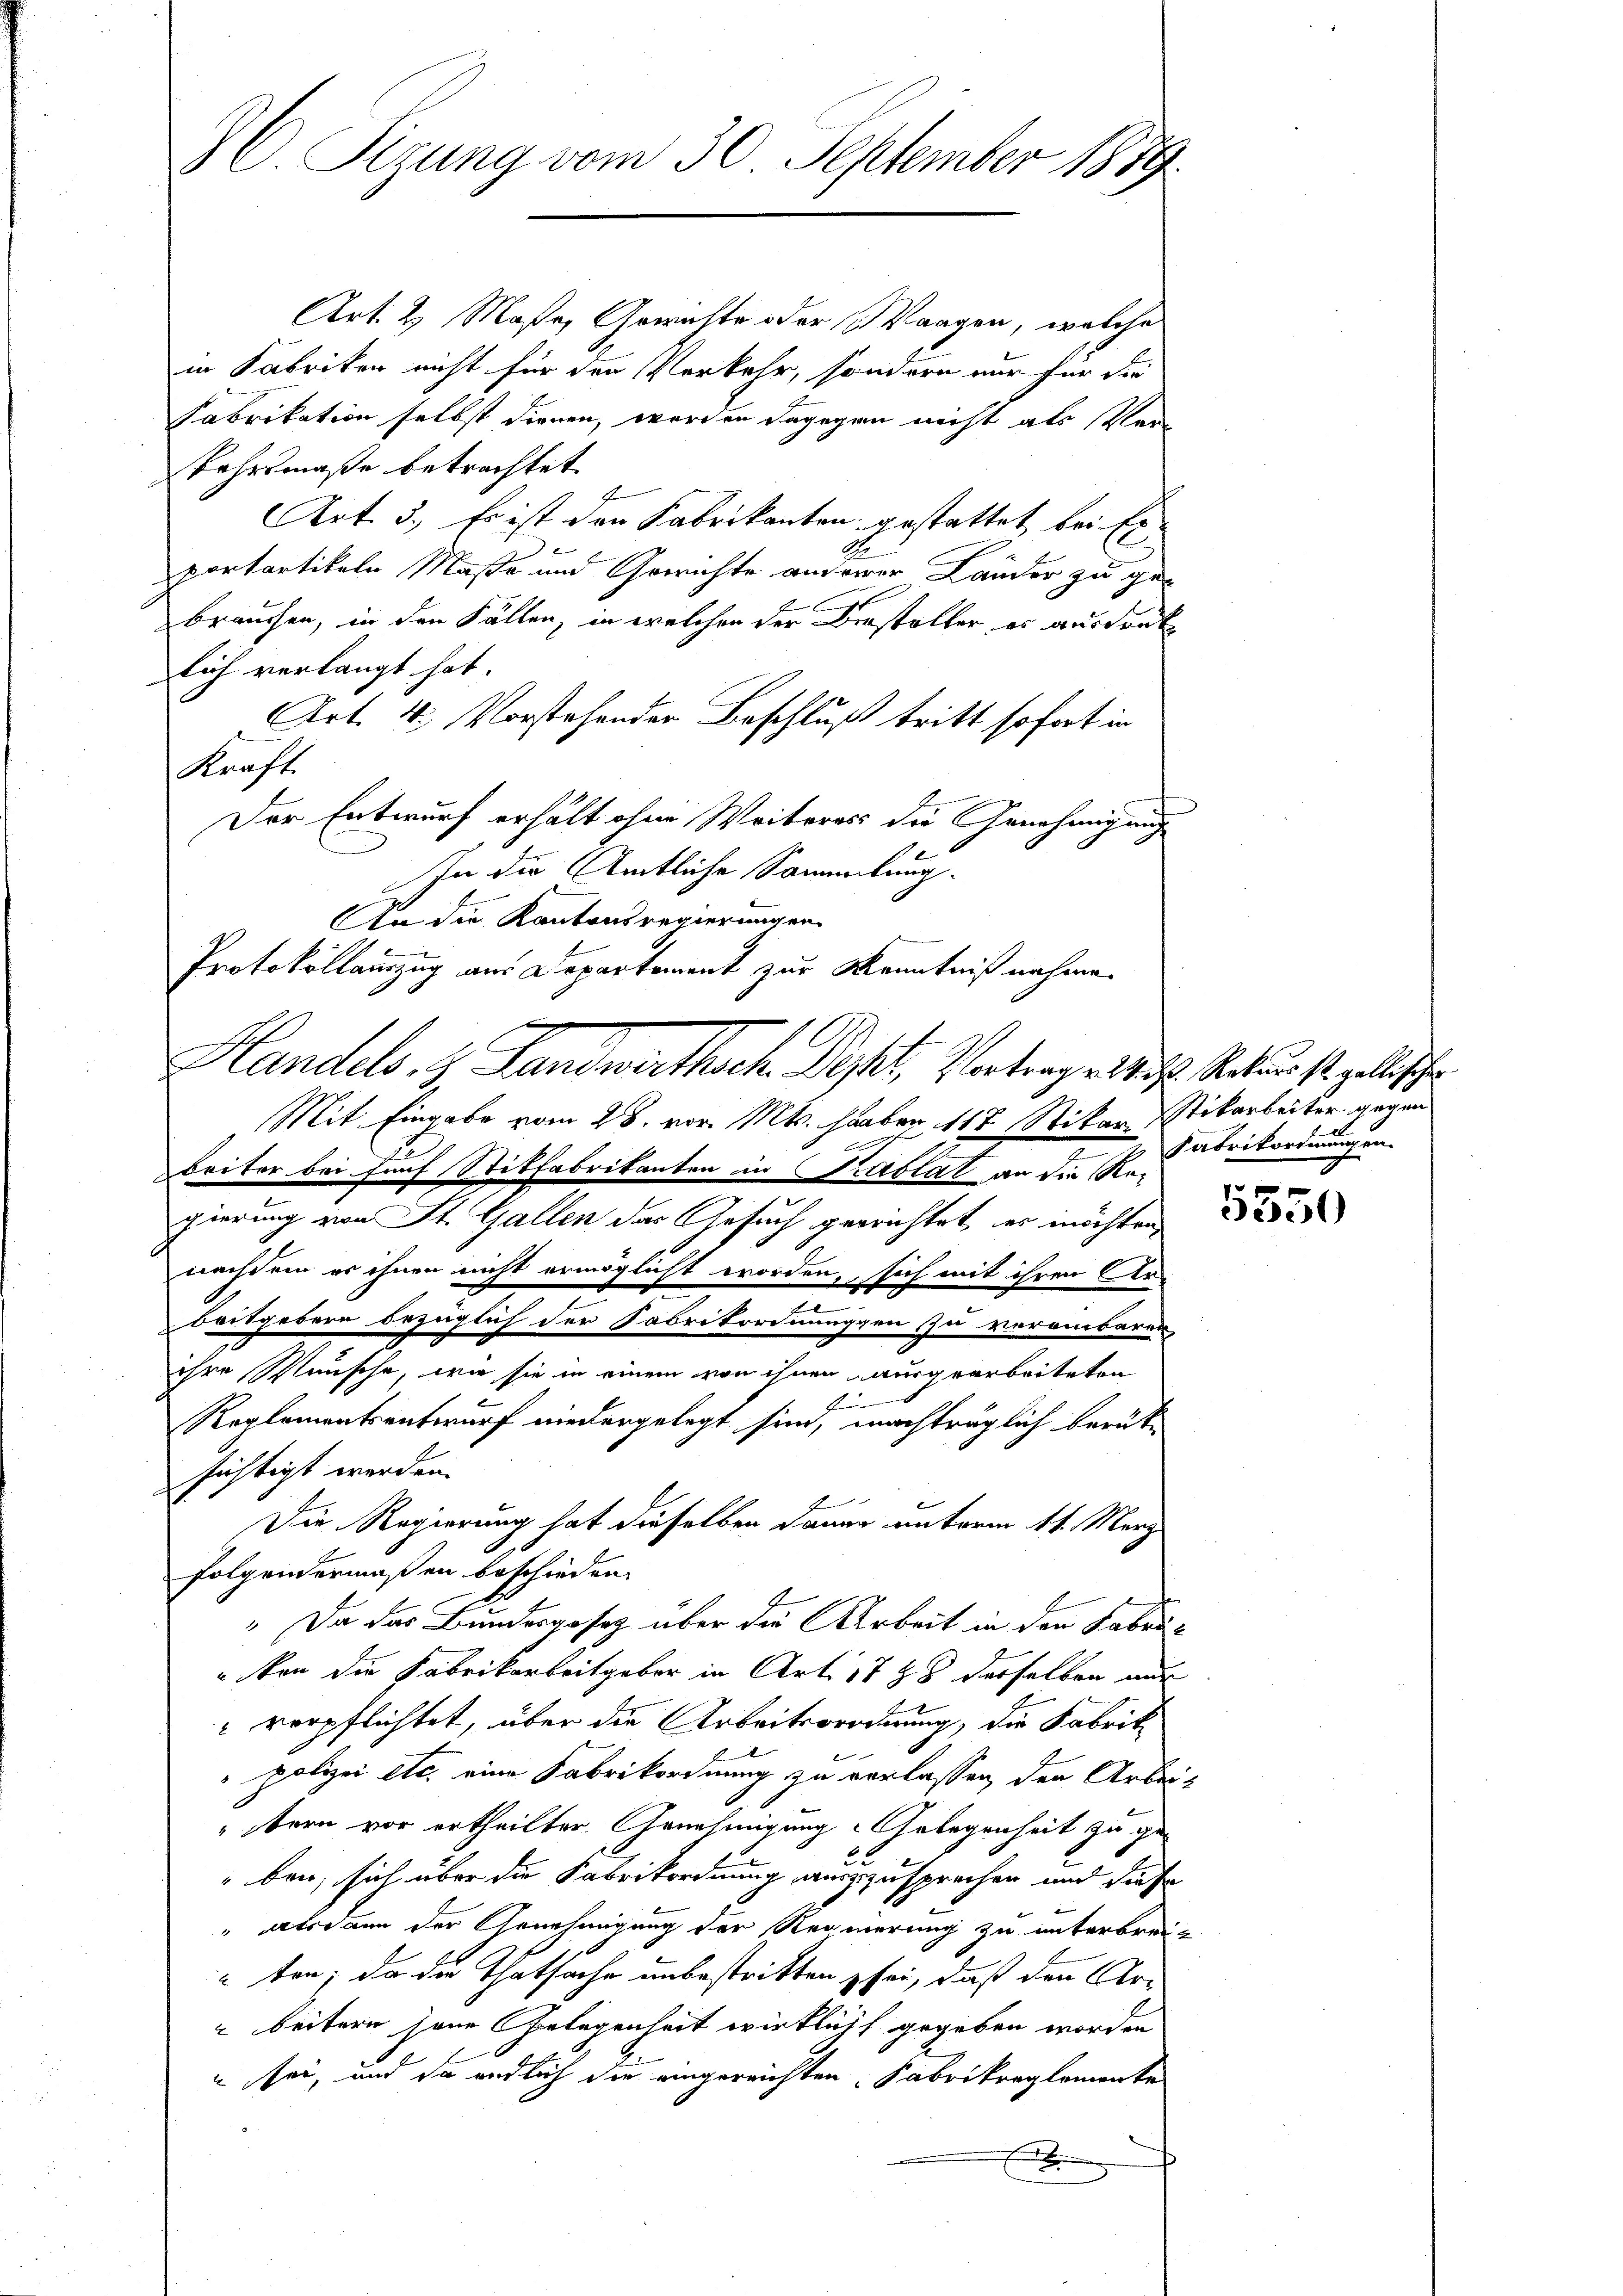
8C Sizung vom 30. September 1889.

Art. 2 Maße, Gerichte oder Waagen, welches
in Fabriken nicht für den Verkehr, sondern nur für die
Fabrikation selbst dienen, worden dagegen nicht als sei
Kehrsmaße betrachtet
Art. 3., Es ist den Fabrikanton gestattet bei Erportantikeln Maße und Gerichte anderer Lander zu gebrauchen, in den Fällen, in welchen der Darsteller, es ausdruck
lich verlangt hat.
Art. 4. Vorstehender Beschluß tritt sofort in
Kraft.
Der Entwurf erhält ohne Weiteress die Genehmigung
In die Amtliche Sammlung.
An die Kantonsregierungen
Protokollauszug aus Departement zur Kenntnißnahme.
Mit Eingabe vom 28. vor. Mts. haber 117 Stikan Stikarbeiter gegen
beiter bei Fünf Stikfabrikanton in Krablat an die Regierung von St. Gallen das Gesuch gerrichtet, es möchten,
nachdem es ihnen nicht ermöglicht worden, sich mit ihren Ar¬
Baitgebern bezüglich der Sabrikordnungen zu vereinbaren
ihre Wünsche, wie sie in einem von ihnen ausgearbeiteten
E
Reglementsentwurf niedergelegt sein, nachträglich berütsichtigt werden.
Die Regierung hat dieselben dauer unterm 11. März
folgendermaßen beschieden.
" Da das Bundesgesetz über die Arbeit in den Fabriten die Fabrikarbeitgebor in Art. 1788 derselben nur
 verpflichtet, über die Arbeitsordnung, die Fabrik¬
„polizei etc. eine Fabrikordnung zu verlassen, den Arbe
tern vor ertheilter Genehmigung Gelegenheit zu ge¬
2.
"ben, sich über die Fabrikordnung auszusprechen und diese
" alsdann der Genehmigung der Regierung zu unterbrei-
ten; da die Thatsache unbestritten sei, daß den Uri
" beitern jene Gelegenheit wirklicht gegeben worden
u sei, und so endlich die eingereichten Fabrikreglemente
x

Handels, 2. Landwerthsch Roset, Vertrage die Sachen s. geleische

b
Fabrikordnungen.

d

5550